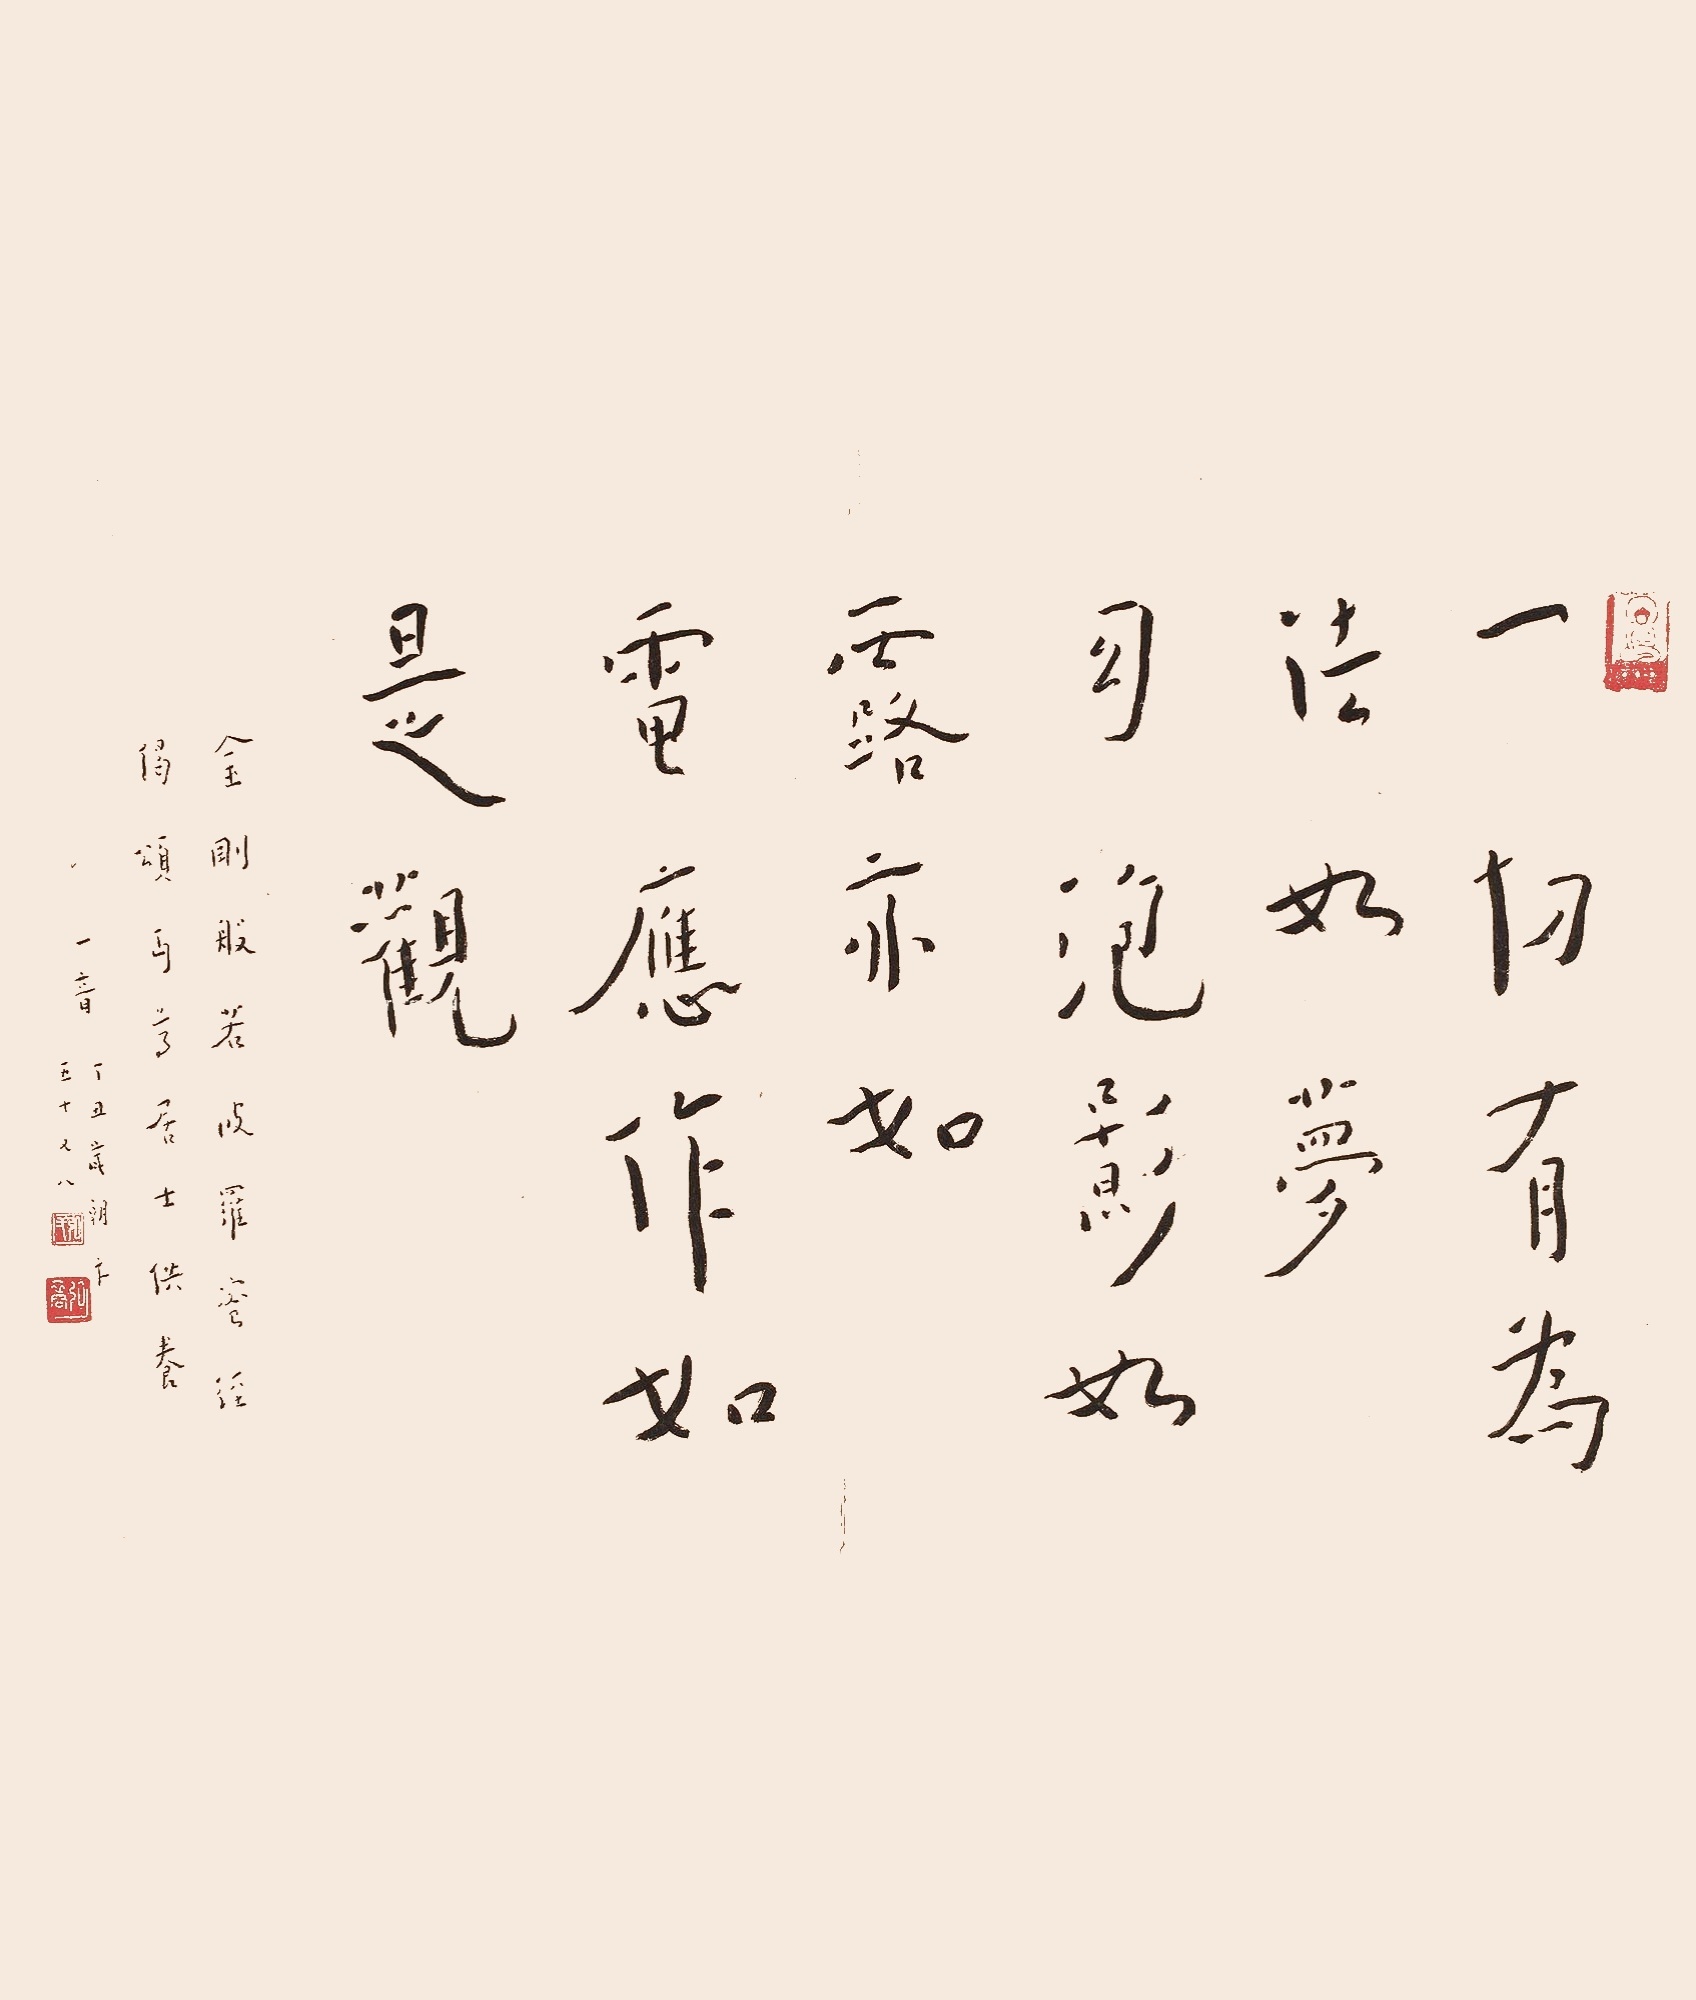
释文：一切有为法如梦幻泡影如露亦如电应作如是观金刚般若波罗蜜经偈颂丐尊居士供养一音丁丑岁朝年五十又八